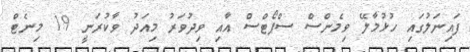
ފައިނަލުގައި ހުޅުމާލޭ ވިމެންސް ސްޕޯޓްސް އާއި ވިދުވަރު މިއަދު ވާކުރަނީ 19 މިނެޓް